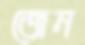
জেন